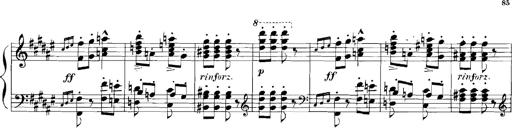
Title: Rhapsodies hongroises
Composer: Franz Liszt